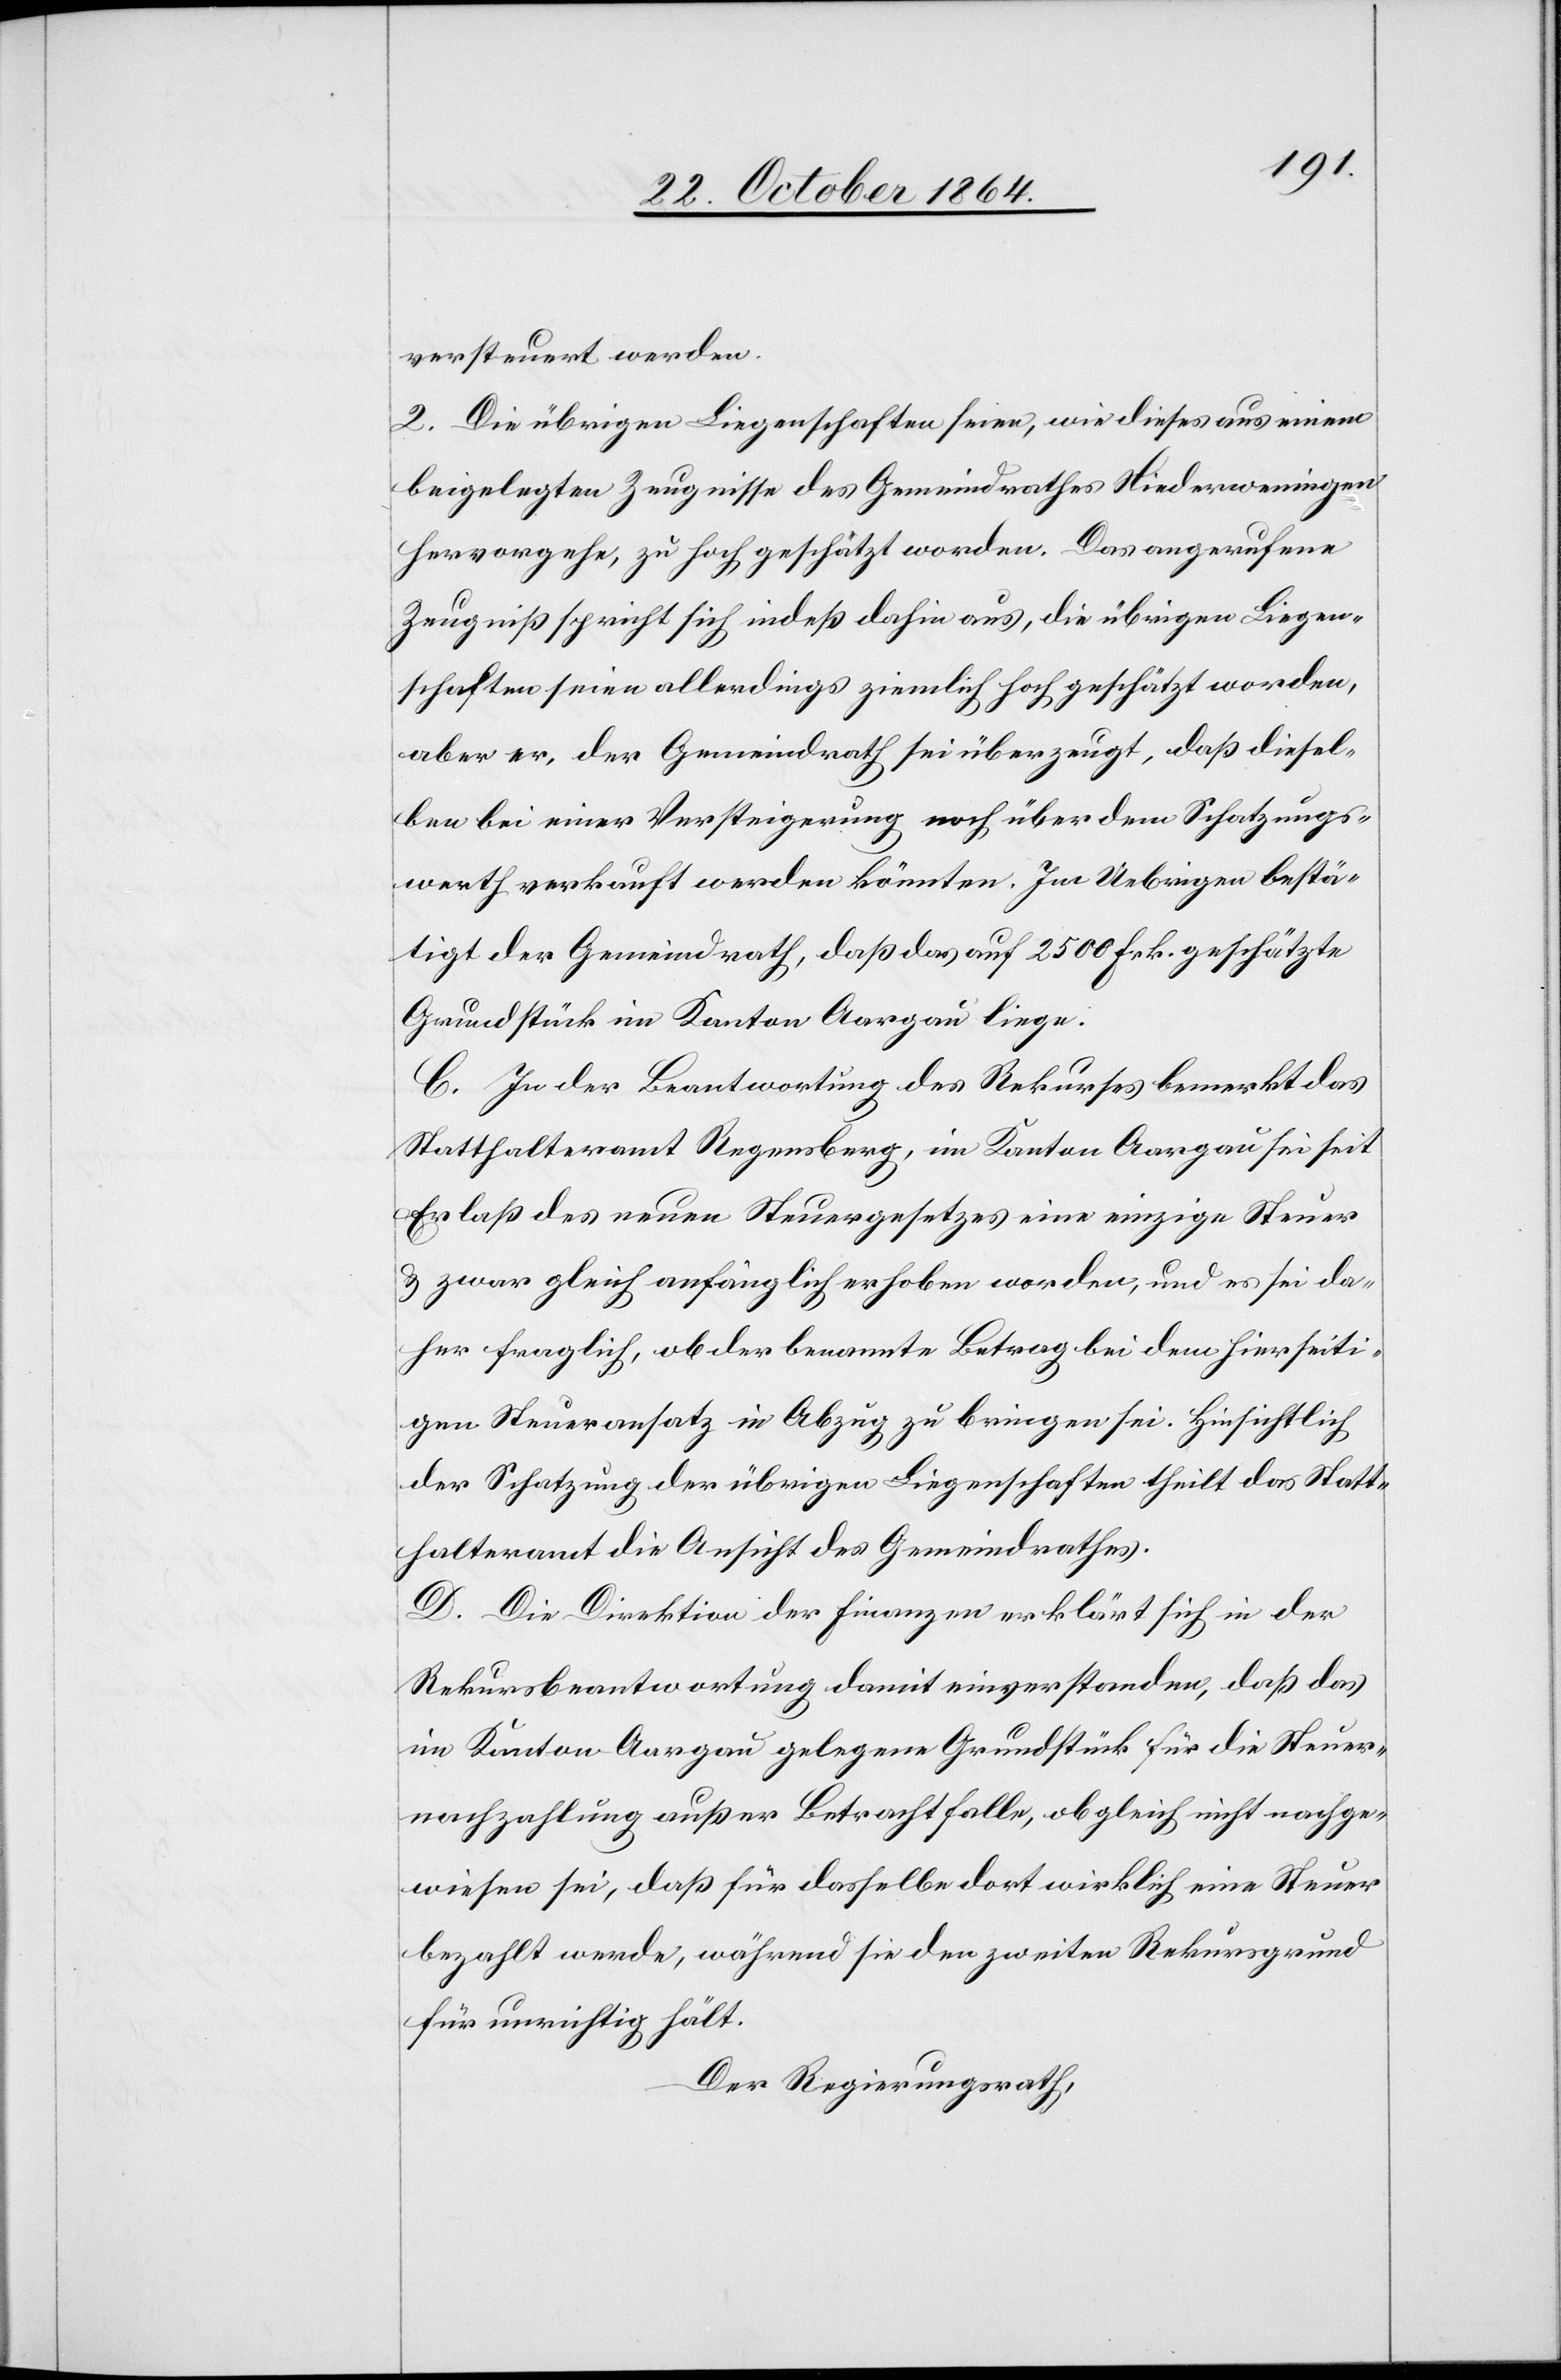
versteuert werden.
2. Die übrigen Liegenschaften seien, wie dieses aus einem
beigelegten Zeugnisse des Gemeindrathes Niederweningen
hervorgehe, zu hoch geschätzt worden. Das angerufene
Zeugniß spricht sich indeß dahin aus, die übrigen Liegen¬
schaften seien allerdings ziemlich hoch geschätzt worden,
aber er, der Gemeindrath sei überzeugt, daß diesel¬
ben bei einer Versteigerung noch über dem Schatzungs¬
werth verkauft werden könnten. Im Uebrigen bestä¬
tigt der Gemeindrath, daß das auf 2500 Frk. geschätzte
Grundstück im Kanton Aargau liege.
C. In der Beantwortung des Rekurses bemerkt das
Statthalteramt Regensberg, im Kanton Aargau sei seit
Erlaß des neuen Steuergesetzes eine einzige Steuer
& zwar gleich anfänglich erhoben worden, und es sei da¬
her fraglich, ob der benannte Betrag bei dem hierseiti¬
gen Steuersatz in Abzug zu bringen sei. Hinsichtlich
der Schatzung der übrigen Liegenschaften theilt das Statt¬
halteramt die Ansicht des Gemeindrathes.
D. Die Direktion der Finanzen erklärt sich in der
Rekursbeantwortung damit einverstanden, daß das
im Kanton Aargau gelegene Grundstück für die Steuer¬
nachzahlung außer Betracht falle, obgleich nicht nachge¬
wiesen sei, daß für dasselbe dort wirklich eine Steuer
bezahlt werde, während sie den zweiten Rekursgrund
für unrichtig hält.
Der Regierungsrath,